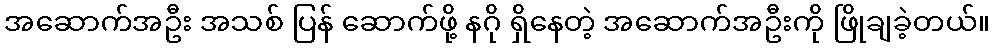
အဆောက်အဦး အသစ် ပြန် ဆောက်ဖို့ နဂို ရှိနေတဲ့ အဆောက်အဦးကို ဖြိုချခဲ့တယ်။